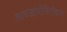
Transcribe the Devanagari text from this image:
लाचखोरीविरोधात